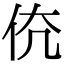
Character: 𠇳